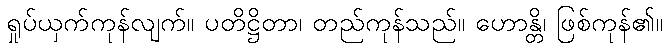
ရှုပ်ယှက်ကုန်လျက်။ ပတိဋ္ဌိတာ၊ တည်ကုန်သည်။ ဟောန္တိ၊ ဖြစ်ကုန်၏။